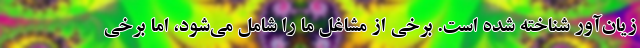
زیان‌آور شناخته شده است. برخی از مشاغل ما را شامل می‌شود، اما برخی